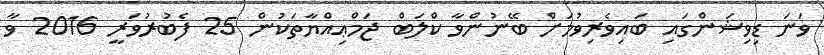
ވަނަ ޑިވިޝަންގައި ބައިވެރިވުމަށް ބޭނުންވާ ކްލަބް ޖަމްޢިއްޔާތަކުން 25 ފެބުރުވަރީ 2016 ވާ